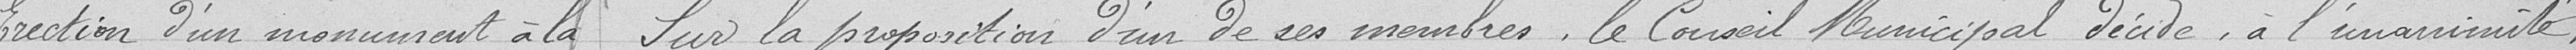
Erection d'un monument à la   Sur la proposition d'un de ses membres, le Conseil Municipal décide , à l'unanimité,